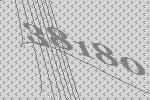
38180